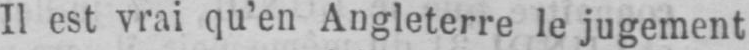
Il est vrai qu’en Angleterre le jugement